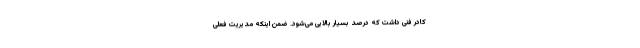
کادر فنی داشت که درصد بسیار بالایی می‌شود. ضمن اینکه مدیریت فعلی